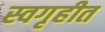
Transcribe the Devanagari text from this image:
स्वगृहीत